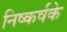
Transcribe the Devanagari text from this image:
निष्कर्षके